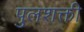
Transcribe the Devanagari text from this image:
पुलशक्ती